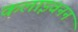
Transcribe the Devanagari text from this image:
कलाइवनन